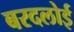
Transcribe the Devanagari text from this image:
बरदलोई